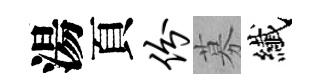
湯頁份募纎